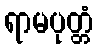
ရာမပုတ္တံ